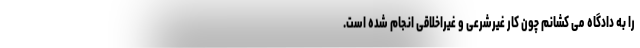
را به دادگاه می کشانم چون کار غیرشرعی و غیراخلاقی انجام شده است‌.